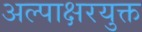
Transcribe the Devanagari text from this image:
अल्पाक्षरयुक्त